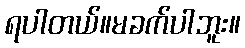
ရပါတယ်။မခက်ပါဘူး။